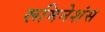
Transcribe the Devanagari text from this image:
रूमिनेशंस